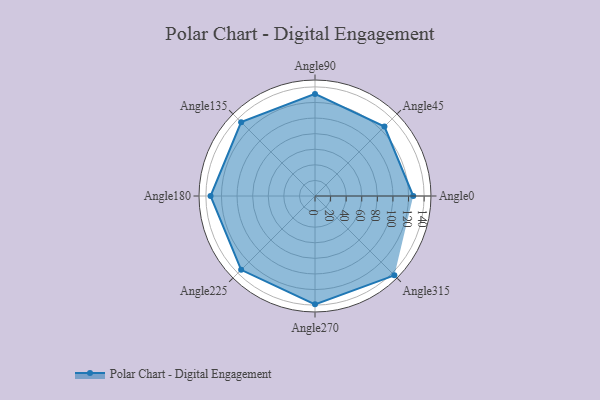
{"axis": {"x": "Angle", "y": "Radius"}, "legend": [""], "data": [{"x": "Angle0", "y": 126.0, "type": ""}, {"x": "Angle45", "y": 126.0, "type": ""}, {"x": "Angle90", "y": 131.0, "type": ""}, {"x": "Angle135", "y": 134.0, "type": ""}, {"x": "Angle180", "y": 134.0, "type": ""}, {"x": "Angle225", "y": 134.0, "type": ""}, {"x": "Angle270", "y": 139.0, "type": ""}, {"x": "Angle315", "y": 144.0, "type": ""}]}